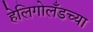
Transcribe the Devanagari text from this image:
हेलिगोलँडच्या